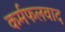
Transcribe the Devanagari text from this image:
कर्मफलवाद